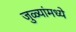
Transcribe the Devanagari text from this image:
जुळ्यांमध्ये